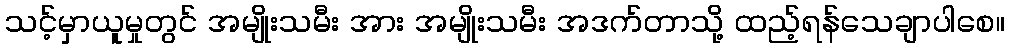
သင့်မှာယူမှုတွင် အမျိုးသမီး အား အမျိုးသမီး အဒက်တာသို့ ထည့်ရန်သေချာပါစေ။